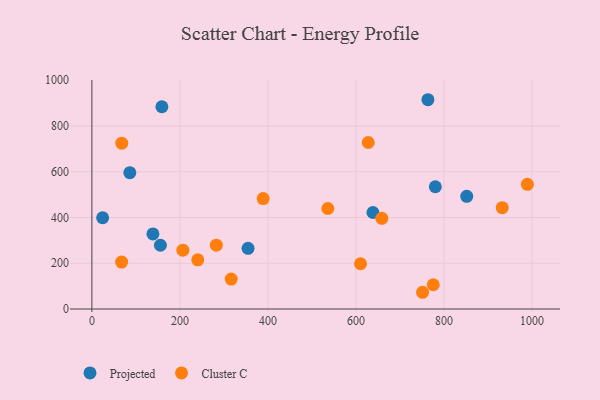
{"axis": {"x": "Study Hours", "y": "Fuel Efficiency"}, "legend": ["Cluster C", "Projected"], "data": [{"x": "159.1", "y": 884.2, "type": "Projected"}, {"x": "155.7", "y": 278.7, "type": "Projected"}, {"x": "138.7", "y": 328.2, "type": "Projected"}, {"x": "354.9", "y": 265.1, "type": "Projected"}, {"x": "638.7", "y": 421.8, "type": "Projected"}, {"x": "24.4", "y": 398.9, "type": "Projected"}, {"x": "763.7", "y": 914.8, "type": "Projected"}, {"x": "86.2", "y": 596.0, "type": "Projected"}, {"x": "851.9", "y": 492.5, "type": "Projected"}, {"x": "780.5", "y": 534.3, "type": "Projected"}, {"x": "610.5", "y": 197.7, "type": "Cluster C"}, {"x": "316.6", "y": 130.7, "type": "Cluster C"}, {"x": "282.8", "y": 278.8, "type": "Cluster C"}, {"x": "932.6", "y": 443.1, "type": "Cluster C"}, {"x": "240.6", "y": 215.0, "type": "Cluster C"}, {"x": "67.6", "y": 204.9, "type": "Cluster C"}, {"x": "775.8", "y": 106.1, "type": "Cluster C"}, {"x": "989.7", "y": 545.1, "type": "Cluster C"}, {"x": "389.2", "y": 482.6, "type": "Cluster C"}, {"x": "536.2", "y": 439.4, "type": "Cluster C"}, {"x": "67.9", "y": 724.8, "type": "Cluster C"}, {"x": "751.5", "y": 73.1, "type": "Cluster C"}, {"x": "658.9", "y": 396.5, "type": "Cluster C"}, {"x": "628.0", "y": 727.9, "type": "Cluster C"}, {"x": "206.8", "y": 257.1, "type": "Cluster C"}]}